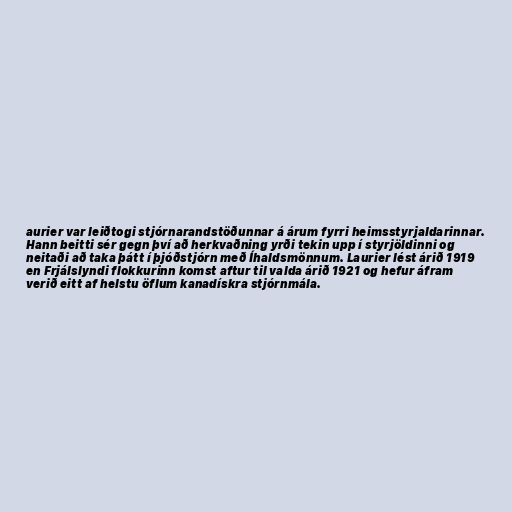
aurier var leiðtogi stjórnarandstöðunnar á árum fyrri heimsstyrjaldarinnar.
Hann beitti sér gegn því að herkvaðning yrði tekin upp í styrjöldinni og
neitaði að taka þátt í þjóðstjórn með Íhaldsmönnum. Laurier lést árið 1919
en Frjálslyndi flokkurinn komst aftur til valda árið 1921 og hefur áfram
verið eitt af helstu öflum kanadískra stjórnmála.